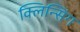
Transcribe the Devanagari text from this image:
क्लिन्सिंग